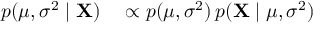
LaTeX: \begin{array} { r l } { p ( \mu , \sigma ^ { 2 } \mid \mathbf { X } ) } & { { } \propto p ( \mu , \sigma ^ { 2 } ) \, p ( \mathbf { X } \mid \mu , \sigma ^ { 2 } ) } \end{array}